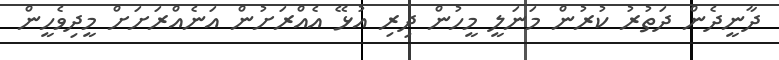
ދާނީދެން ދަތުރު ކުރުން މަނަލީ މީހުން ދިރި އުޅޭ އެއްރަށުން އަނެއްރަށަށް މީދިވެހީން